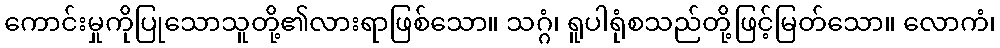
ကောင်းမှုကိုပြုသောသူတို့၏လားရာဖြစ်သော။ သဂ္ဂံ၊ ရူပါရုံစသည်တို့ဖြင့်မြတ်သော။ လောကံ၊